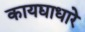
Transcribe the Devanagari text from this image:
कायद्याधारे